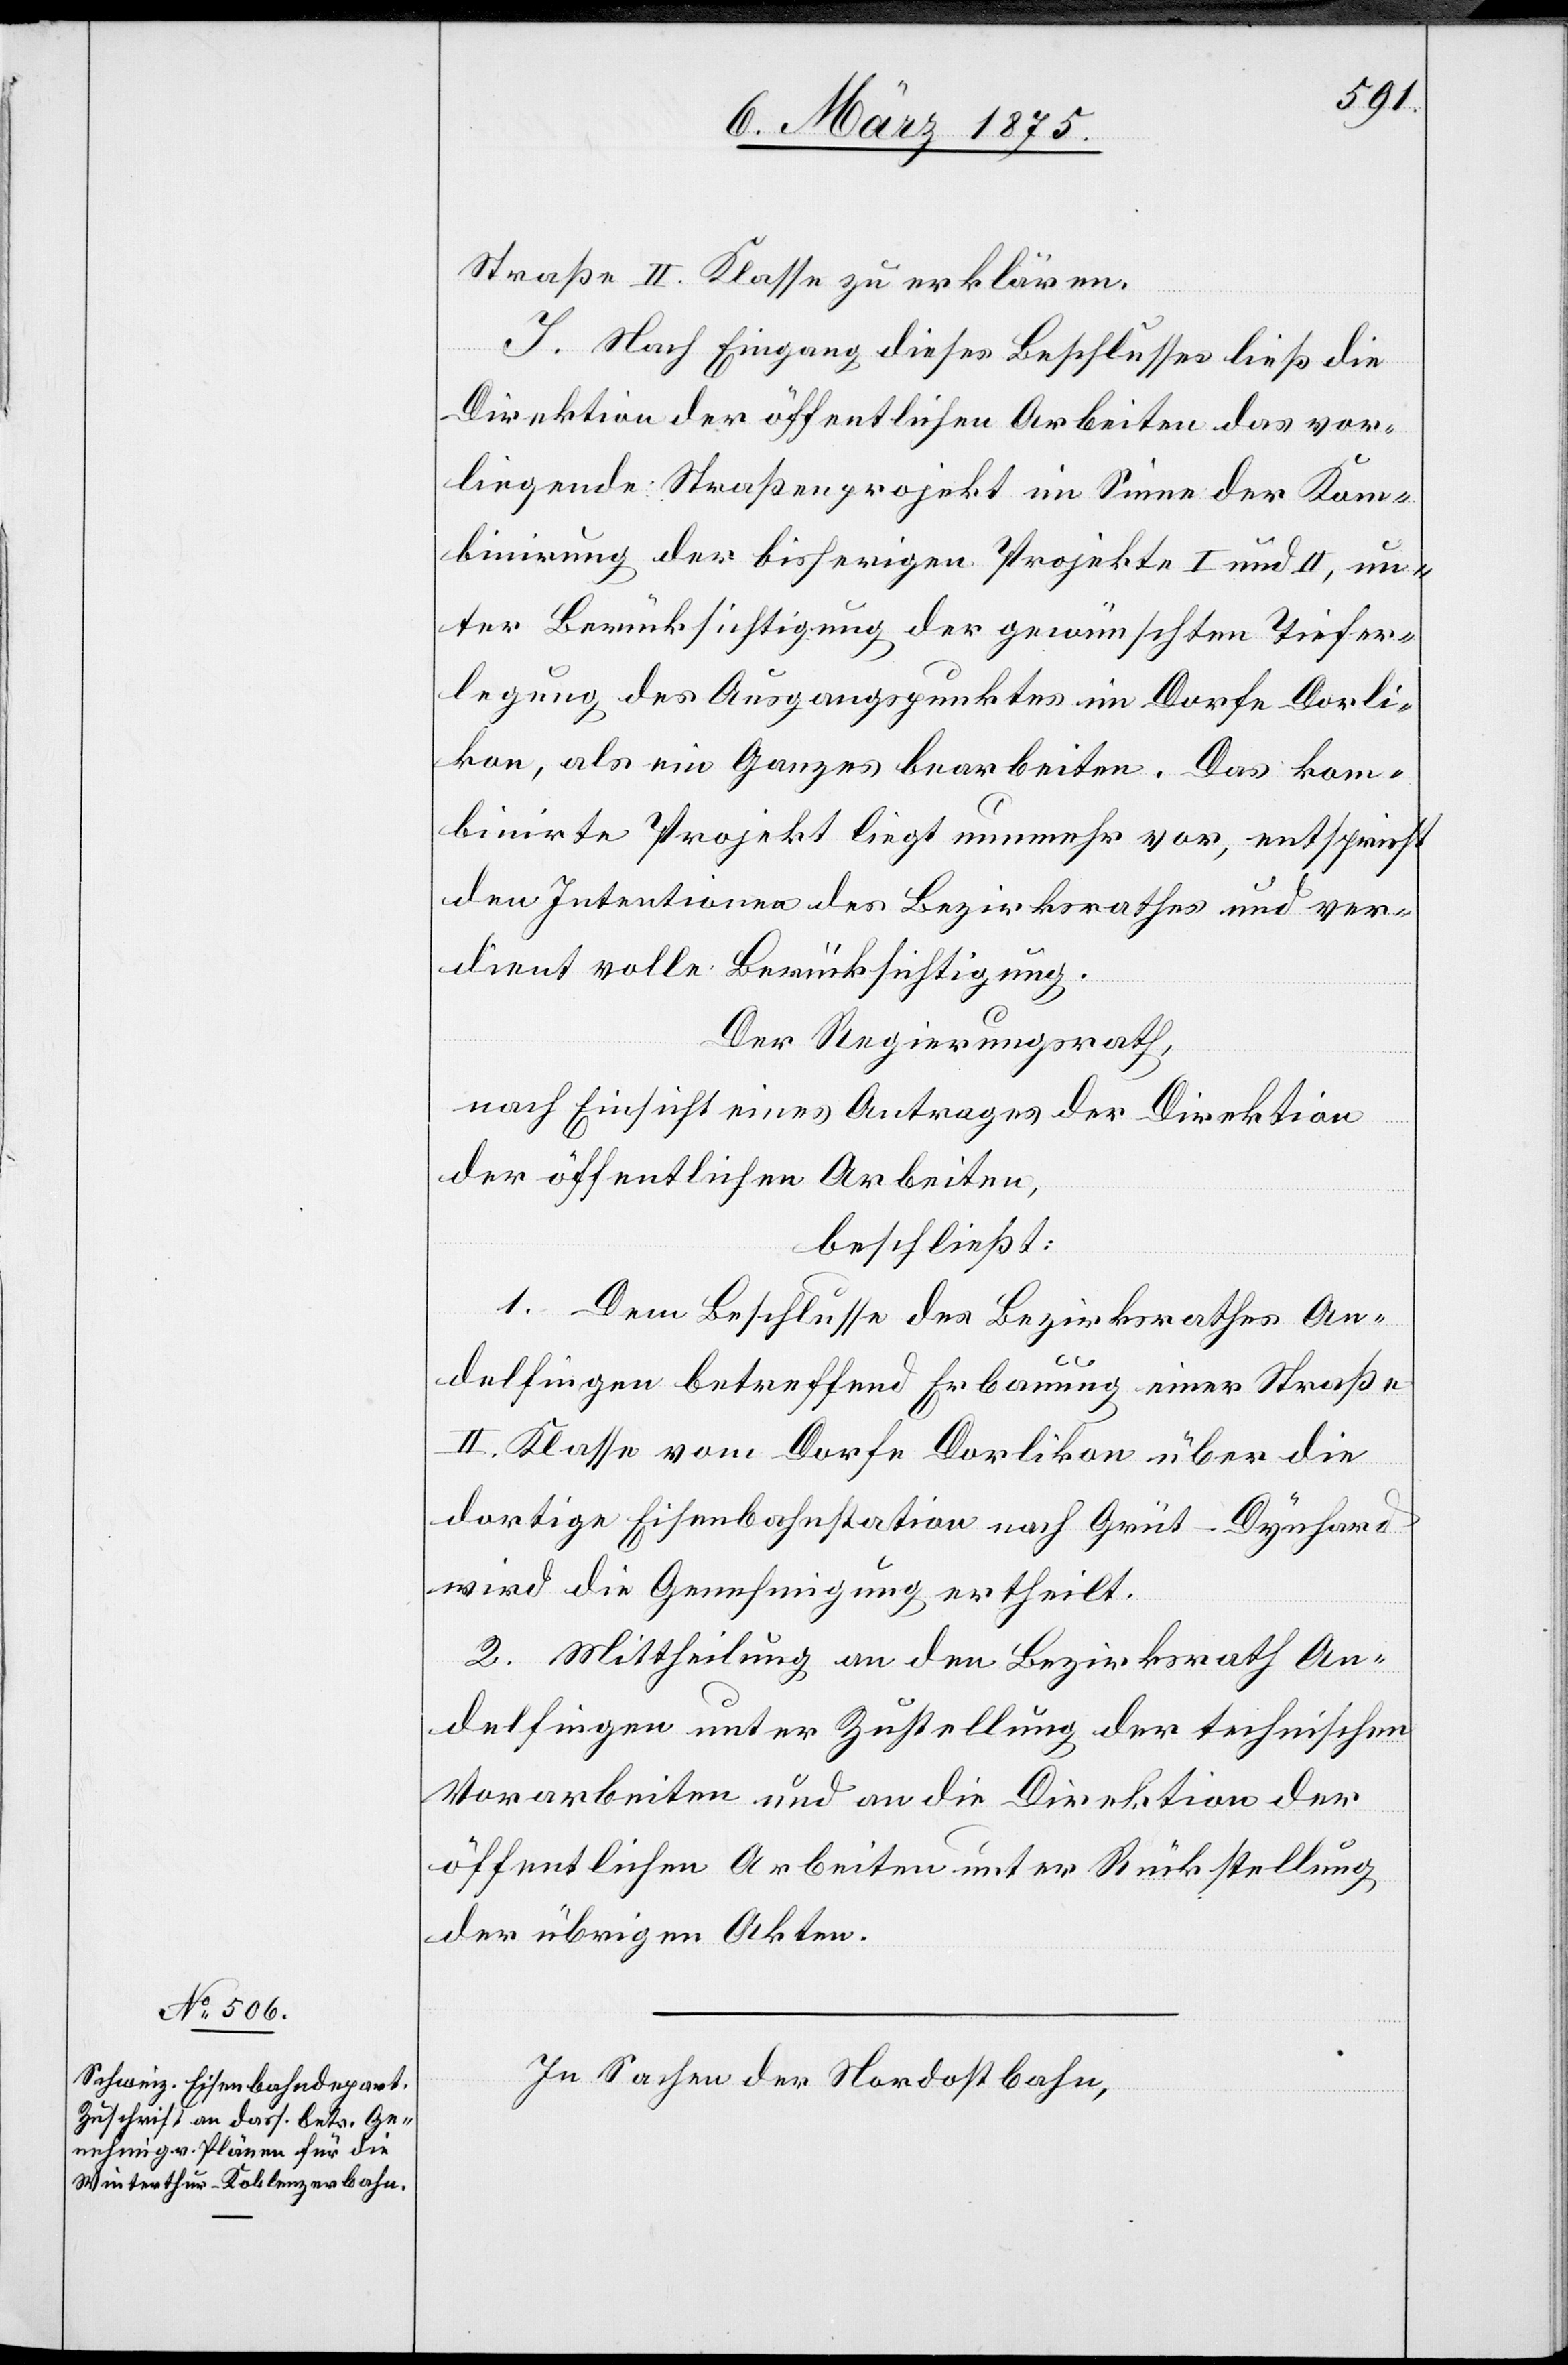
Straße II. Klasse zu erklären.
I. Nach Eingang dieses Entschlusses ließ die
Direktion der öffentlichen Arbeiten das vor¬
liegende Straßenprojekt im Sinne der Kom¬
binierung der bisherigen Projekte I und II, un¬
ter Berücksichtigung der gewünschten Tiefer¬
legung des Ausgangspunktes im Dorfe Dorli¬
kon, als ein Ganzes bearbeiten. Das kom¬
binirte Projekt liegt nunmehr vor, entspricht
den Intentionen des Bezirksrathes und ver¬
dient volle Berücksichtigung.
Der Regierungsrath,
nach Einsicht eines Antrages der Direktion
der öffentlichen Arbeiten,
beschließt:
1. Dem Beschlusse des Bezirksrathes An¬
delfingen betreffend Erbauung einer Straße
II. Klasse vom Dorfe Dorlikon über die
dortige Eisenbahnstation nach Grüt–Dynhard
wird die Genehmigung ertheilt.
2. Mittheilung an den Bezirksrath An¬
delfingen unter Zustellung der technischen
Vorarbeiten und an die Direktion der
öffentlichen Arbeiten unter Rückstellung
der übrigen Akten.
In Sachen der Nordostbahn